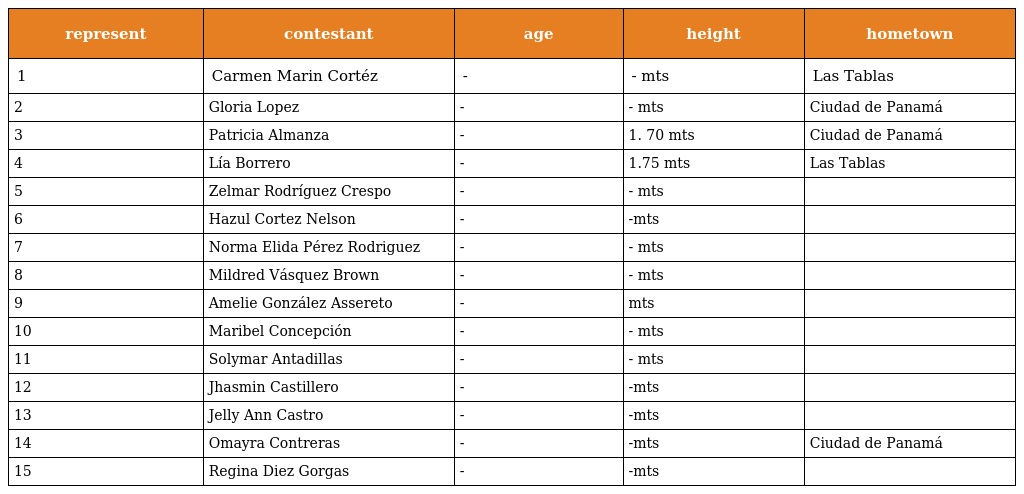
| represent | contestant | age | height | hometown |
 | --- | --- | --- | --- | --- |
 | 1 | Carmen Marin Cortéz | - | - mts | Las Tablas |
 | 2 | Gloria Lopez | - | - mts | Ciudad de Panamá |
 | 3 | Patricia Almanza | - | 1. 70 mts | Ciudad de Panamá |
 | 4 | Lía Borrero | - | 1.75 mts | Las Tablas |
 | 5 | Zelmar Rodríguez Crespo | - | - mts |  |
 | 6 | Hazul Cortez Nelson | - | -mts |  |
 | 7 | Norma Elida Pérez Rodriguez | - | - mts |  |
 | 8 | Mildred Vásquez Brown | - | - mts |  |
 | 9 | Amelie González Assereto | - | mts |  |
 | 10 | Maribel Concepción | - | - mts |  |
 | 11 | Solymar Antadillas | - | - mts |  |
 | 12 | Jhasmin Castillero | - | -mts |  |
 | 13 | Jelly Ann Castro | - | -mts |  |
 | 14 | Omayra Contreras | - | -mts | Ciudad de Panamá |
 | 15 | Regina Diez Gorgas | - | -mts |  |